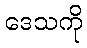
ဒေသကို